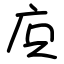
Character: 㡶